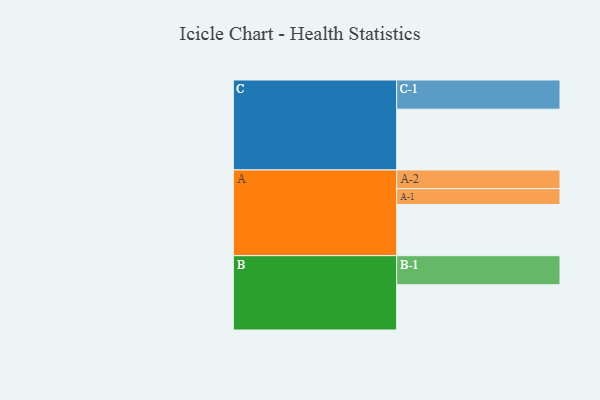
{"axis": {"x": "Segment", "y": "Value"}, "legend": ["", "A", "B", "C"], "data": [{"x": "A", "y": 389, "type": ""}, {"x": "B", "y": 344, "type": ""}, {"x": "C", "y": 462, "type": ""}, {"x": "A-1", "y": 121, "type": "A"}, {"x": "A-2", "y": 142, "type": "A"}, {"x": "B-1", "y": 221, "type": "B"}, {"x": "C-1", "y": 222, "type": "C"}]}